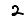
Digit: 2